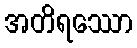
အတိရဿော